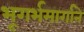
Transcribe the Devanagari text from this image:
भूगर्भमार्गाने